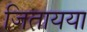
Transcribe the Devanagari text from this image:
जितायया